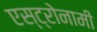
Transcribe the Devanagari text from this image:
एस्ट्रोनामी